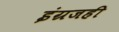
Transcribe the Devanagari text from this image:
इंग्रजही